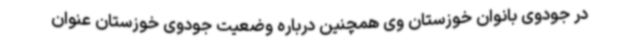
در جودوی بانوان خوزستان وی همچنین درباره وضعیت جودوی خوزستان عنوان